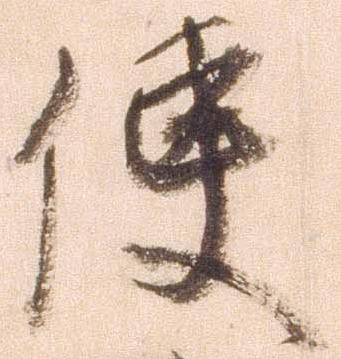
使